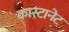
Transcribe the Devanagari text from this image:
कास्टानेट